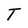
Character: T